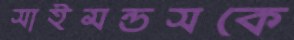
সাইমন্ডসকে